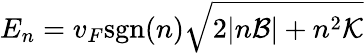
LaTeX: E_{n}=v_{F}\mathrm{sgn}(n)\sqrt{2|n\mathcal{B}|+n^{2}\mathcal{K}}